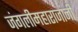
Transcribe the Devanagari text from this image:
जंगलीमहाराजांनी